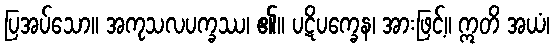
ပြအပ်သော။ အကုသလပက္ခဿ၊ ၏။ ပဋိပက္ခေန၊ အားဖြင့်။ ဣတိ အယံ၊